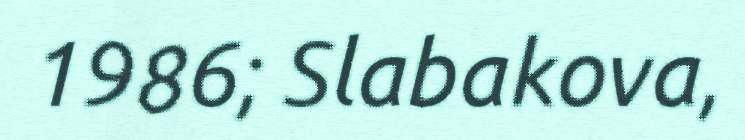
1986; Slabakova,